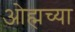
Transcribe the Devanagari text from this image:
ओह्मच्या